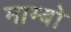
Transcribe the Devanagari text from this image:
माम्बो